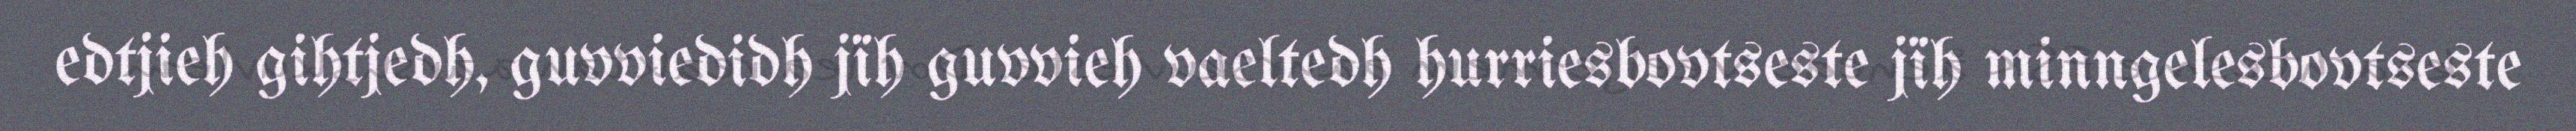
edtjieh gihtjedh, guvviedidh jïh guvvieh vaeltedh hurriesbovtseste jïh minngelesbovtseste